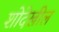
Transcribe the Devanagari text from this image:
शोदेखील